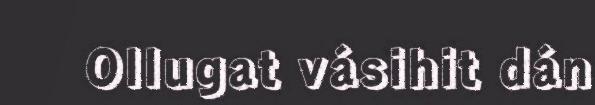
Ollugat vásihit dán